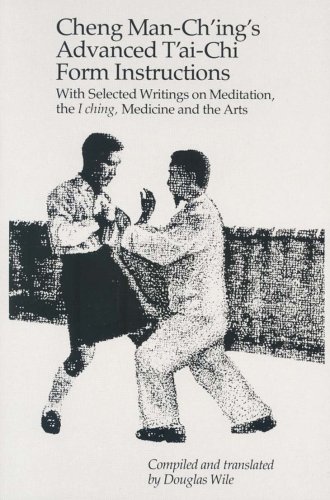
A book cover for Cheng Man-Ching's Advanced Tai-Chi Form Instructions; Manqing Zheng; Health, Fitness & Dieting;